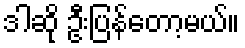
ဒါဆို ဦးပြန်တော့မယ်။